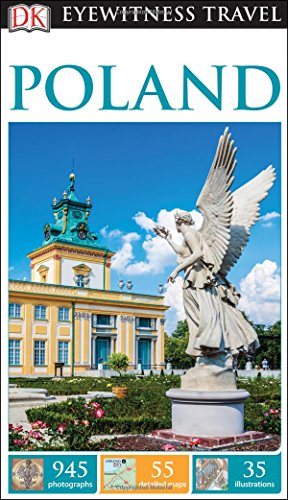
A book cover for DK Eyewitness Travel Guide: Poland; DK Publishing; Travel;